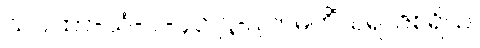
သဂါထာ-သံ-ပါ-၄၃၊ ဋ္ဌ-၉၇။ မဟိံသရာဇစရိယ၊